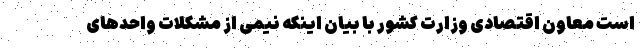
است معاون اقتصادی وزارت کشور با بیان اینکه نیمی از مشکلات واحدهای